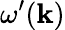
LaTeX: \omega^{\prime}(\mathbf{k})